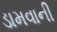
ડામવાની